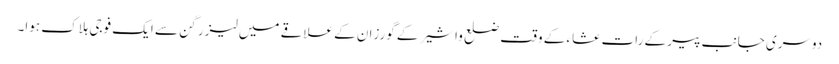
دوسری جانب پیر کے رات عشاء کے وقت ضلع واشیر کے گورزان کے علاقے میں لیزر گن سے ایک فوجی ہلاک ہوا۔